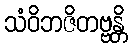
သံဝိဘဇိတဗ္ဗန္တိ